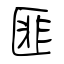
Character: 匪